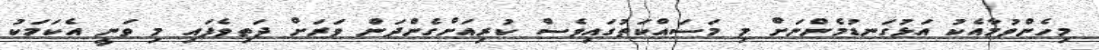
މިހެންވުމާއެކު އަޅުގަނޑުމެންނަށް މި މަސައްކަތުގައިވެސް ކުރިއަށްގެންދަން ވަރަށް ދަތިވެފައި މި ވަނީ އެކަމަކު